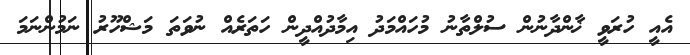
އެއީ ހުރަވީ ޚާންދާނުން ސުލްތާނު މުހައްމަދު އިމާދުއްދީން ހަތަރެއް ނުވަތަ މަޝްހޫރު ނަމުންނަމަ